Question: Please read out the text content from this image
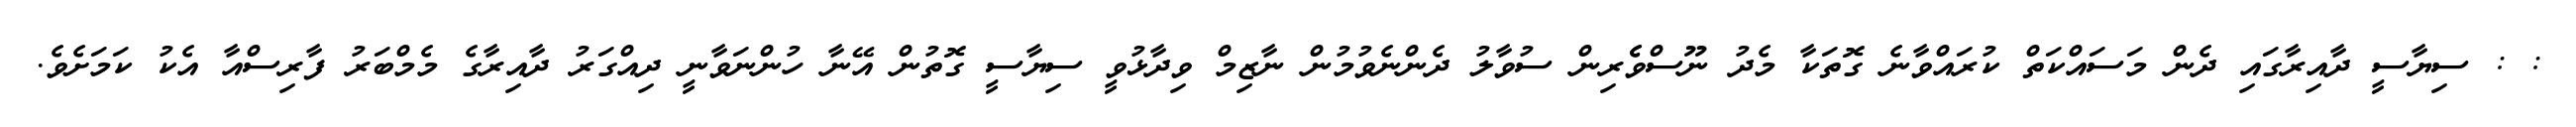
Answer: : : ސިޔާސީ ދާއިރާގައި ދެން މަސައްކަތް ކުރައްވާނެ ގޮތަކާ މެދު ނޫސްވެެރިން ސުވާލު ދެންނެވުމުން ނާޒިމް ވިދާޅުވީ ސިޔާސީ ގޮތުން އޭނާ ހުންނަވާނީ ދިއްގަރު ދާއިރާގެ މެމްބަރު ފާރިސްއާ އެކު ކަމަށެވެ.